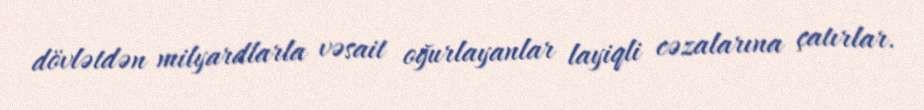
dövlətdən milyardlarla vəsait oğurlayanlar layiqli cəzalarına çatırlar.